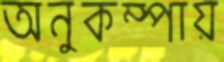
অনুকম্পায়